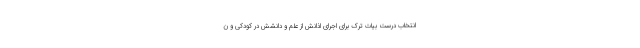
انتخاب درست بیات ترک برای اجرای اذانش از علم و دانشش در کودکی و ن